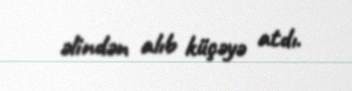
əlindən alıb küçəyə atdı.